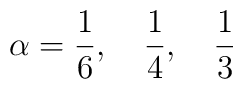
\alpha=\frac{1}{6},\quad \frac{1}{4},\quad \frac{1}{3}